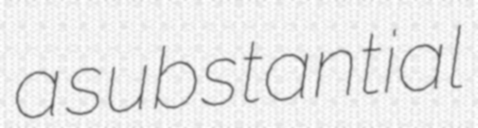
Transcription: a substantial